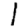
Digit: 1